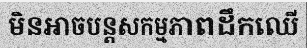
មិនអាចបន្តសកម្មភាពដឹកឈើ